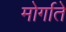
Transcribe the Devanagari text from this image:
मोर्गाते